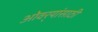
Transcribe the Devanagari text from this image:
ओवर्‍यांसाठी